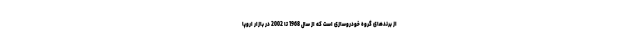
از برندهای گروه خودروسازی است که از سال 1968 تا 2002 در بازار اروپا